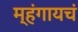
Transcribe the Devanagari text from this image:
म्हंगायचं